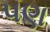
૫ણ